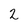
Character: 2